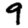
Digit: 9